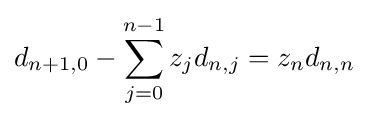
d_{n+1,0}-\sum _{j=0}^{n-1}z_{j}d_{n,j}=z_{n}d_{n,n}